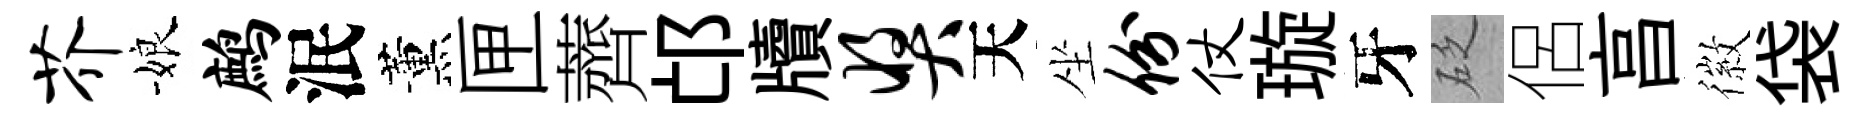
芥娘鹧泯薰匣薺邙牘奖天坐份仗璇牙砭侶亯徽袋